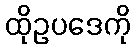
ထိုဥပဒေကို